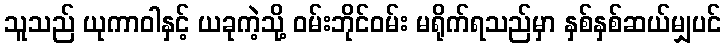
သူသည် ယုကာဝါနှင့် ယခုကဲ့သို့ ဝမ်းဘိုင်ဝမ်း မရိုက်ရသည်မှာ နှစ်နှစ်ဆယ်မျှပင်